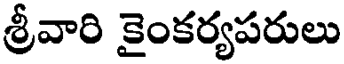
శ్రీవారి కైంకర్యపరులు